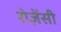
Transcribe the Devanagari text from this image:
रोज़ेंसी